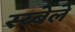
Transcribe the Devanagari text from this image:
स्य्बेले